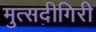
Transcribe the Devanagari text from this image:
मुत्सदीगिरी